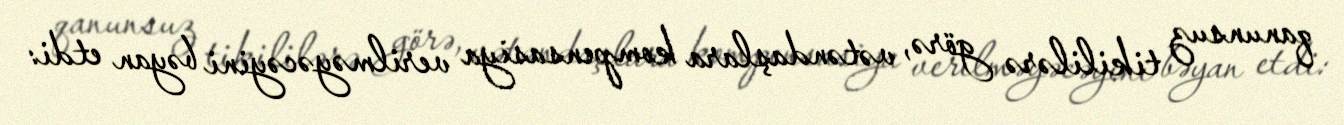
qanunsuz tikililərə görə, vətəndaşlara kompensasiya verilməyəcəyini bəyan etdi: